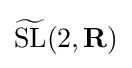
{\widetilde {\rm {SL}}}(2,\mathbf {R} )